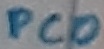
Text: PC0